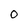
Character: O